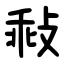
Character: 㪓